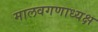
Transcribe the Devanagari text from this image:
मालवगणाध्यक्ष